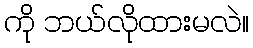
ကို ဘယ်လိုထားမလဲ။